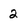
Character: 2